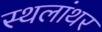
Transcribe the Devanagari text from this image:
स्थलांथर